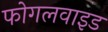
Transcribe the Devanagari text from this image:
फोगलवाइड